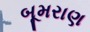
બૂમરાણ